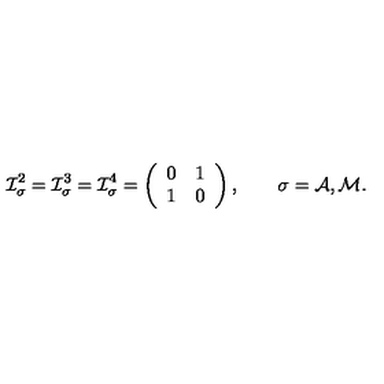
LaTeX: { \cal I } _ { \sigma } ^ { 2 } = { \cal I } _ { \sigma } ^ { 3 } = { \cal I } _ { \sigma } ^ { 4 } = \left( \begin{array} { c c } { 0 } & { 1 } \\ { 1 } & { 0 } \\ \end{array} \right) , \qquad \sigma = { \cal A , M } .